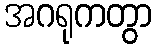
အဂရုကတွာ